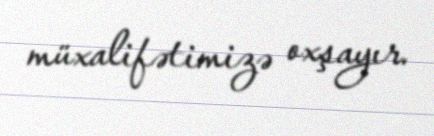
müxalifətimizə oxşayır.